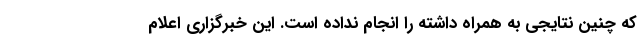
که چنین نتایجی به همراه داشته را انجام نداده است. این خبرگزاری اعلام